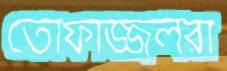
তোফাজ্জলরা